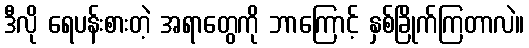
ဒီလို ရေပန်းစားတဲ့ အရာတွေကို ဘာကြောင့် နှစ်ခြိုက်ကြတာလဲ။